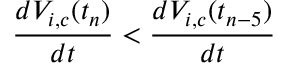
\frac { d V _ { i , c } ( t _ { n } ) } { d t } < \frac { d V _ { i , c } ( t _ { n - 5 } ) } { d t }